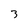
Character: 3